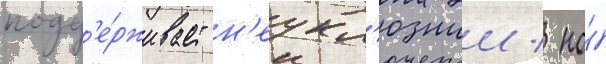
подд'е́рживает н'еукл'южии / но́